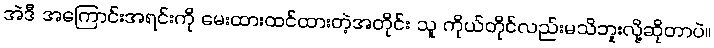
အဲဒီ အကြောင်းအရင်းကို မေးထားထင်ထားတဲ့အတိုင်း သူ ကိုယ်တိုင်လည်းမသိဘူးလို့ဆိုတာပဲ။